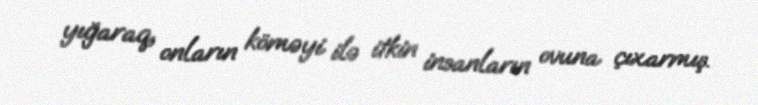
yığaraq, onların köməyi ilə itkin insanların ovuna çıxarmış.